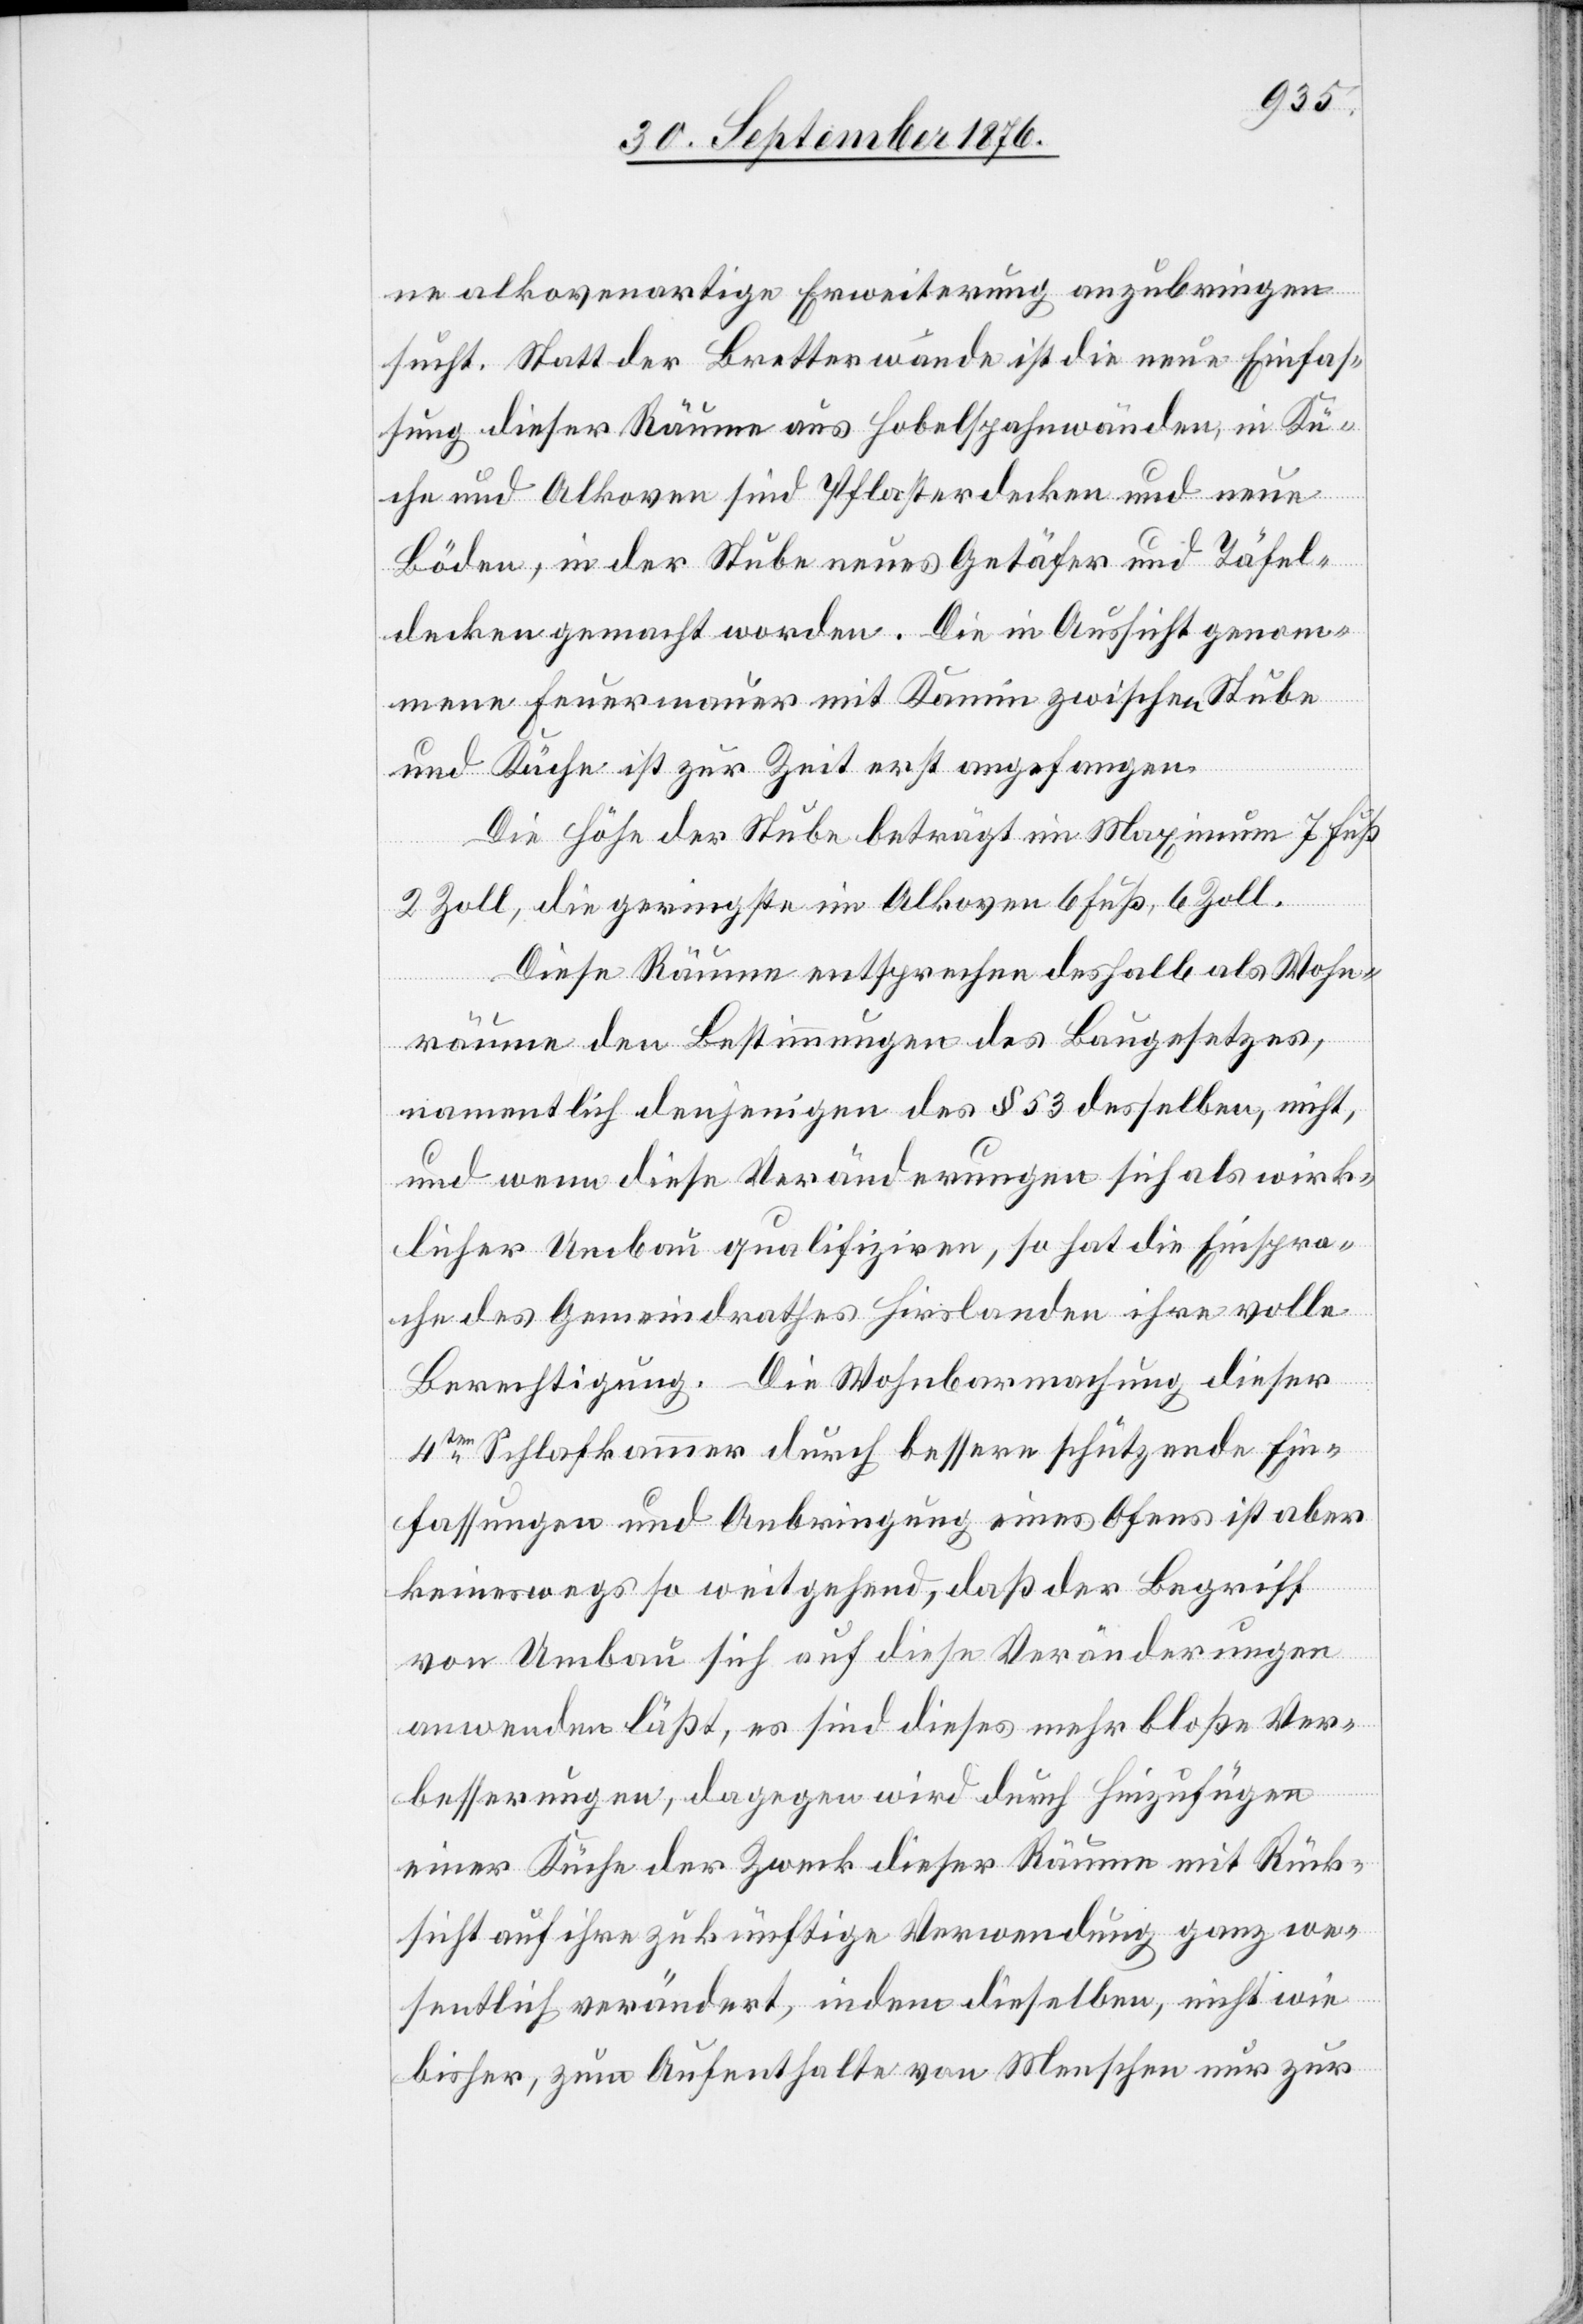
ne alkovenartige Erweiterung anzubringen
sucht. Statt der Bretterwände ist die neue Einfas¬
sung dieser Räume aus Hobelspahnwänden, in Kü¬
che und Alkoven sind Pflasterdecken und neue
Böden, in der Stube neues Getäfer und Täfel¬
decken gemacht worden. Die in Aussicht genom¬
mene Feuermauer mit Kamin zwischen Stube
und Küche ist zur Zeit erst angefangen.
Die Höhe der Stube beträgt im Maximum 7 Fuß
2 Zoll, die geringste im Alkoven 6 Fuß, 6 Zoll.
Diese Räume entsprechen deshalb als Wohn¬
räume den Bestimmungen des Baugesetzes,
namentlich denjenigen des § 53 desselben, nicht,
und wenn diese Veränderungen sich als wirk¬
licher Umbau qualifiziren, so hat die Einspra¬
che des Gemeindrathes Hirslanden ihre volle
Berechtigung. Die Wohnbarmachung dieser
4ten Schlafkammer durch bessere schützende Ein¬
fassungen und Anbringung eines Ofens ist aber
keineswegs so weitgehend, daß der Begriff
von Umbau sich auf diese Veränderungen
anwenden läßt, es sind dieses mehr bloße Ver¬
besserungen, dagegen wird durch hinzufügen
einer Küche der Zweck dieser Räume mit Rück¬
sicht auf ihre zukünftige Verwendung ganz we¬
sentlich verändert, indem dieselben, nicht wie
bisher, zum Aufenthalte von Menschen nur zur